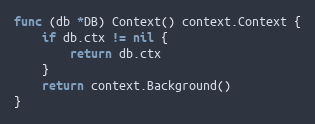
Language: Go
func (db *DB) Context() context.Context {
	if db.ctx != nil {
		return db.ctx
	}
	return context.Background()
}